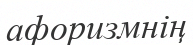
афоризмнің